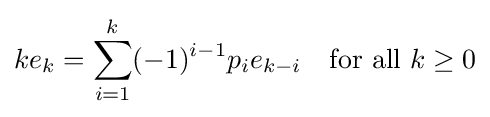
ke_{k}=\sum _{i=1}^{k}(-1)^{i-1}p_{i}e_{k-i}\quad {\mbox{for all }}k\geq 0